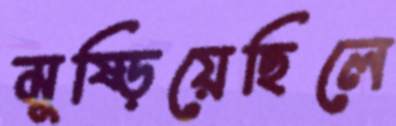
মুষ্‌ড়িয়েছিলে